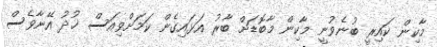
މާކިން ކައިރީ ބުނެވުނީ މާކިން މާބޮޑަށް ބާރު އަޅައިގެން ކަމަށްވިއަސް ޚުދު އޭނާވެސް